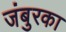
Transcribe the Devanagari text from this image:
जंबुरका